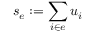
s _ { e } : = \sum _ { i \in e } u _ { i }